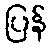
ပြန်